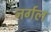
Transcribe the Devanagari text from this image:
नर्गल